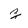
Character: z